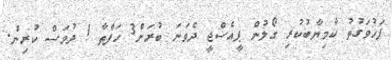
ފަހުވަގުތު ކާމިޔާބުކުރި ގޯލުން ޕީއެސްޖީ ދެވަނަ ބުރަށް3 ހަފްތާ 1 ދުވަސް ކުރިން.